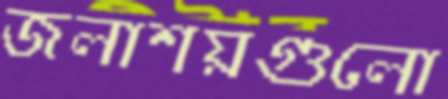
জলাশয়গুলো